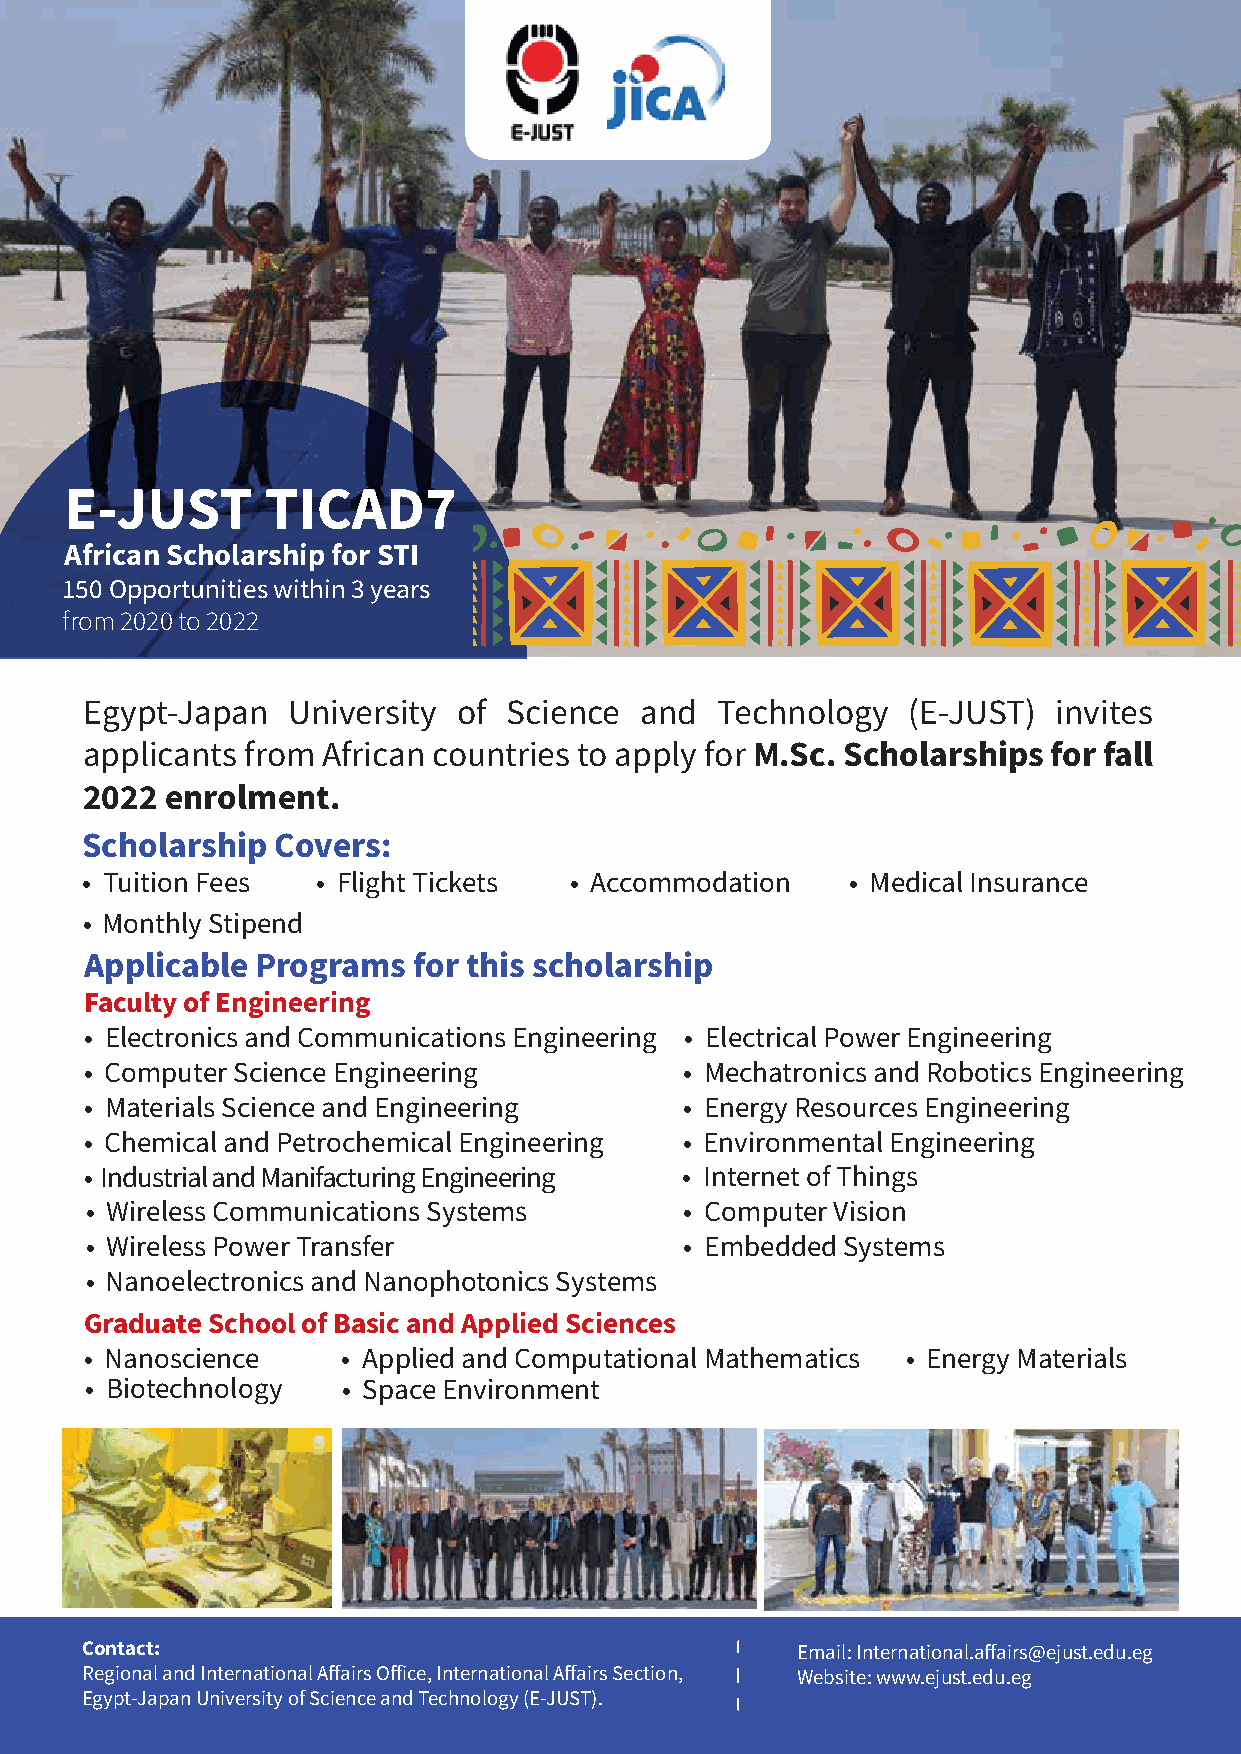
E-JUST        TICAD7
 African Scholarship for STI
 150 Opportunities within 3 years
 from 2020 to 2022
 Egypt-Japan  University of  Science and  Technology   (E-JUST)  invites
 applicants from African countries to apply for M.Sc. Scholarships for fall
 2022 enrolment.
 Scholarship  Covers:
 • Tuition Fees  • Flight Tickets • Accommodation   • Medical Insurance
 • Monthly Stipend
 Applicable Programs  for this scholarship
 Faculty of Engineering
 • Electronics and Communications Engineering • Electrical Power Engineering
 • Computer Science Engineering         • Mechatronics and Robotics Engineering
 • Materials Science and Engineering    • Energy Resources Engineering
 • Chemical and Petrochemical Engineering • Environmental Engineering
 • I n d u s t r i a l a n d M a n i f a c t u r i n g E n g i n e e r i n g • Internet of Things
 • Wireless Communications Systems      • Computer Vision
 • Wireless Power Transfer              • Embedded Systems
 • Nanoelectronics and Nanophotonics Systems
 Graduate School of Basic and Applied Sciences
 • Nanoscience    • Applied and Computational Mathematics • Energy Materials
 • Biotechnology  • Space Environment
 Contact:                                        Email: International.affairs@ejust.edu.eg
 Regional and International Affairs Office, International Affairs Section, Website: www.ejust.edu.eg
 Egypt-Japan University of Science and Technology (E-JUST).